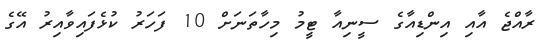
ރާއްޖެ އާއި އިންޑިއާގެ ސީނިއާ ޓީމު މިހާތަނަށް 10 ފަހަރު ކުޅެފައިވާއިރު އޭގެ